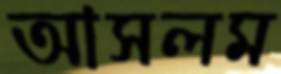
আসলম